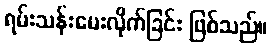
ရမ်းသန်းမေးလိုက်ခြင်း ဖြစ်သည်။